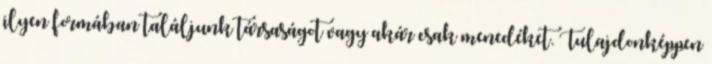
ilyen formában találjunk társaságot vagy akár csak menedéket. Tulajdonképpen